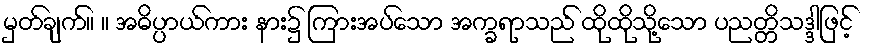
မှတ်ချက်။ ။ အဓိပ္ပာယ်ကား နား၌ ကြားအပ်သော အက္ခရာသည် ထိုထိုသို့သော ပညတ္တိသဒ္ဒါဖြင့်